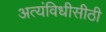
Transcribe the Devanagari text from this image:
अत्यंविधीसीठी